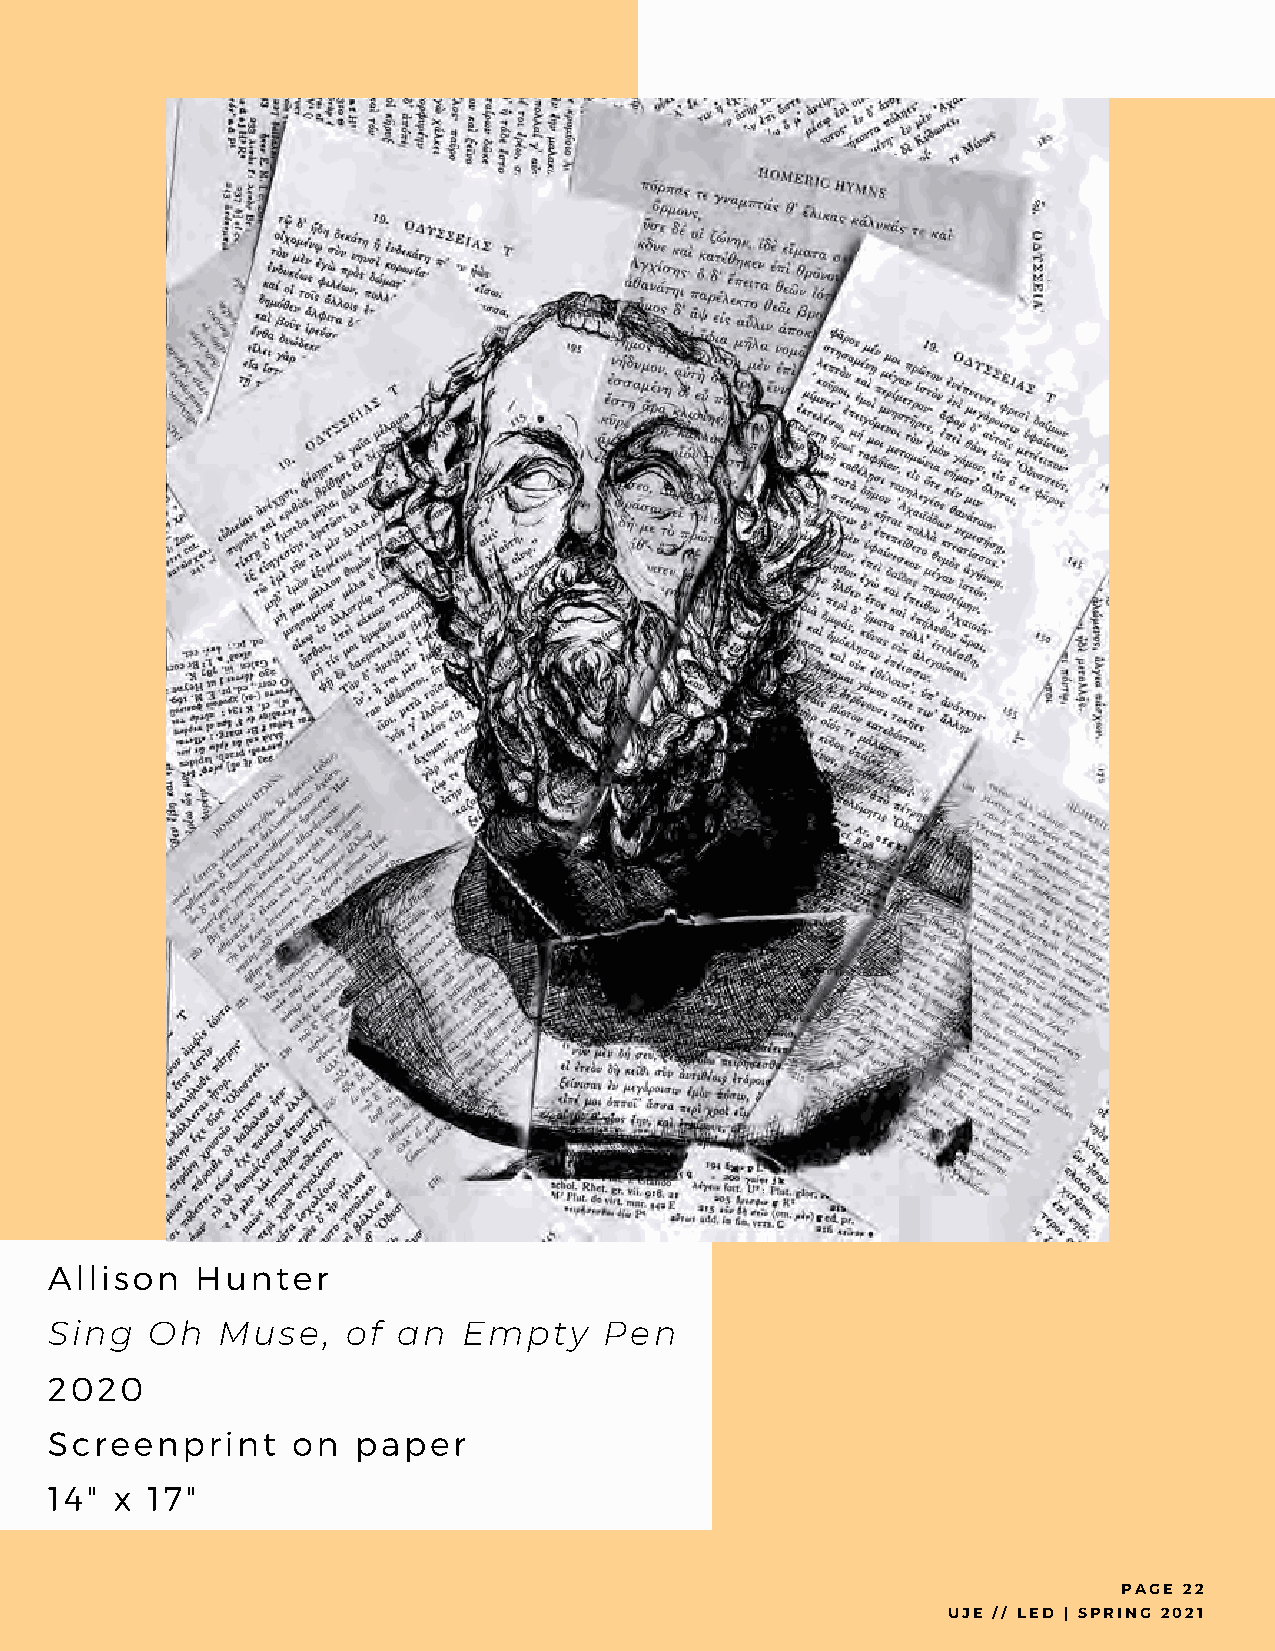
Allison   Hunter
 Sing   Oh  Muse,    of an   Empty    Pen
 2020
 Screenprint     on  paper
 14"  x 17"
 PAGE 22
 UJE // LED | SPRING 2021